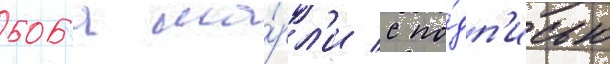
боба ма́рл'и с по́дп'исью